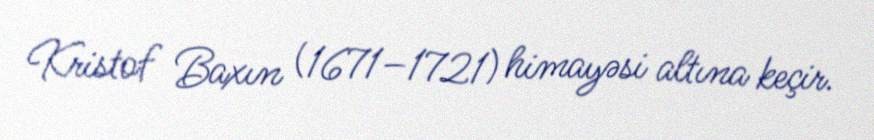
Kristof Baxın (1671–1721) himayəsi altına keçir.